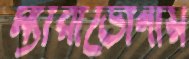
ম্যারাডোনায়